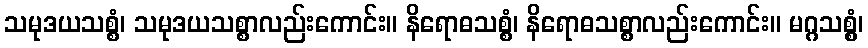
သမုဒယသစ္စံ၊ သမုဒယသစ္စာလည်းကောင်း။ နိရောဓသစ္စံ၊ နိရောဓသစ္စာလည်းကောင်း။ မဂ္ဂသစ္စွံ၊